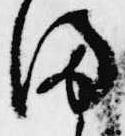
ま